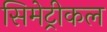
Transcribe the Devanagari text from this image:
सिमेट्रीकल